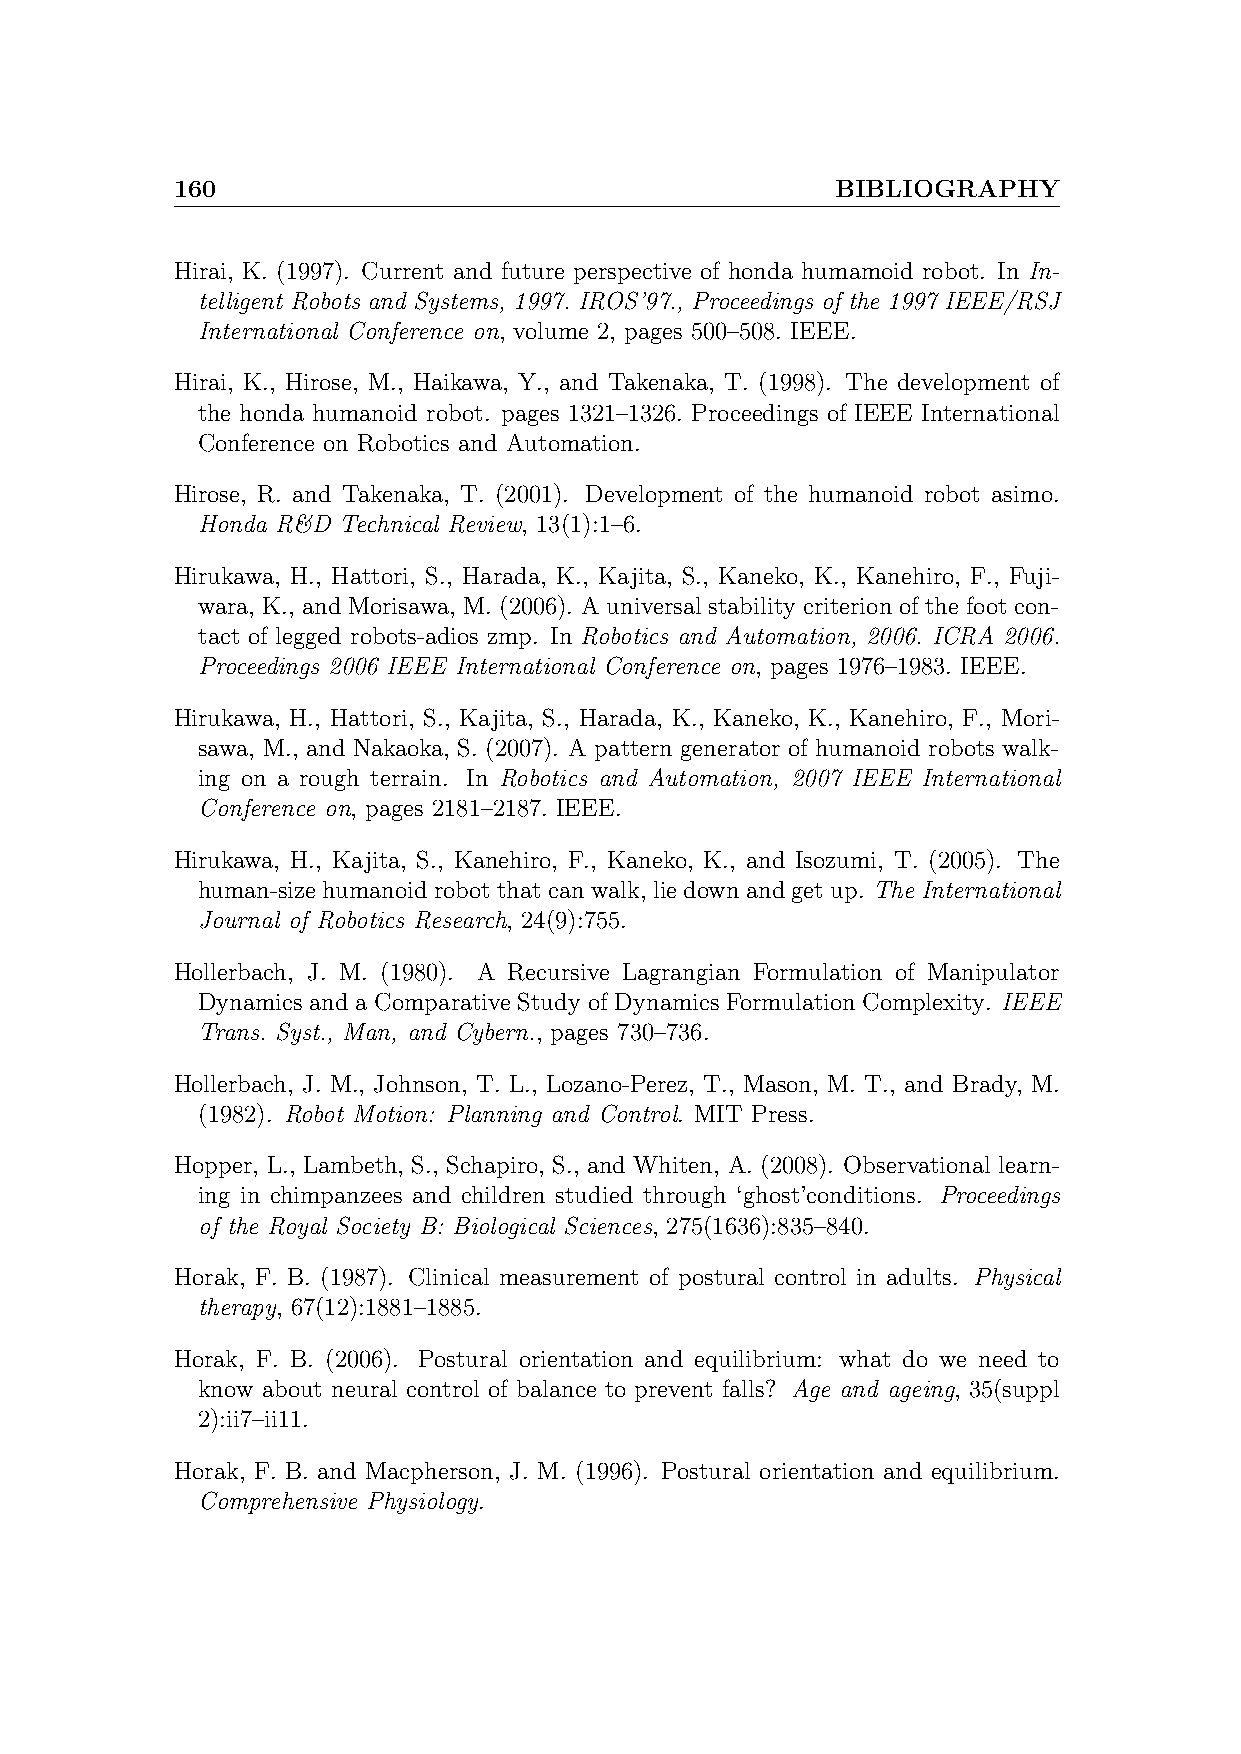
160                                         BIBLIOGRAPHY
 Hirai, K. (1997). Current and future perspective of honda humamoid robot. In In-
 telligent Robots and Systems, 1997. IROS’97., Proceedings of the 1997 IEEE/RSJ
 International Conference on, volume 2, pages 500–508. IEEE.
 Hirai, K., Hirose, M., Haikawa, Y., and Takenaka, T. (1998). The development of
 the honda humanoid robot. pages 1321–1326. Proceedings of IEEE International
 Conference on Robotics and Automation.
 Hirose, R. and Takenaka, T. (2001). Development of the humanoid robot asimo.
 Honda R&D Technical Review, 13(1):1–6.
 Hirukawa, H., Hattori, S., Harada, K., Kajita, S., Kaneko, K., Kanehiro, F., Fuji-
 wara, K., and Morisawa, M. (2006). A universal stability criterion of the foot con-
 tact of legged robots-adios zmp. In Robotics and Automation, 2006. ICRA 2006.
 Proceedings 2006 IEEE International Conference on, pages 1976–1983. IEEE.
 Hirukawa, H., Hattori, S., Kajita, S., Harada, K., Kaneko, K., Kanehiro, F., Mori-
 sawa, M., and Nakaoka, S. (2007). A pattern generator of humanoid robots walk-
 ing on a rough terrain. In Robotics and Automation, 2007 IEEE International
 Conference on, pages 2181–2187. IEEE.
 Hirukawa, H., Kajita, S., Kanehiro, F., Kaneko, K., and Isozumi, T. (2005). The
 human-sizehumanoidrobotthatcanwalk, liedownandgetup. The International
 Journal of Robotics Research, 24(9):755.
 Hollerbach, J. M. (1980). A Recursive Lagrangian Formulation of Manipulator
 Dynamics and a Comparative Study of Dynamics Formulation Complexity. IEEE
 Trans. Syst., Man, and Cybern., pages 730–736.
 Hollerbach, J. M., Johnson, T. L., Lozano-Perez, T., Mason, M. T., and Brady, M.
 (1982). Robot Motion: Planning and Control. MIT Press.
 Hopper, L., Lambeth, S., Schapiro, S., and Whiten, A. (2008). Observational learn-
 ing in chimpanzees and children studied through ‘ghost’conditions. Proceedings
 of the Royal Society B: Biological Sciences, 275(1636):835–840.
 Horak, F. B. (1987). Clinical measurement of postural control in adults. Physical
 therapy, 67(12):1881–1885.
 Horak, F. B. (2006). Postural orientation and equilibrium: what do we need to
 know about neural control of balance to prevent falls? Age and ageing, 35(suppl
 2):ii7–ii11.
 Horak, F. B. and Macpherson, J. M. (1996). Postural orientation and equilibrium.
 Comprehensive Physiology.